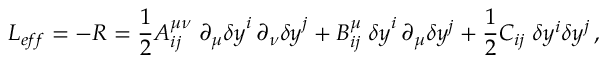
L _ { e f f } = - R = \frac { 1 } { 2 } A _ { i j } ^ { \mu \nu } \; \partial _ { \mu } { \delta y } ^ { i } \, \partial _ { \nu } { \delta y } ^ { j } + B _ { i j } ^ { \mu } \; { \delta y } ^ { i } \, \partial _ { \mu } \delta y ^ { j } + \frac { 1 } { 2 } C _ { i j } \; \delta y ^ { i } \delta y ^ { j } \, ,